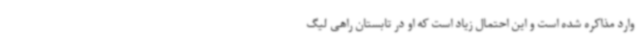
وارد مذاکره شده است و این احتمال زیاد است که او در تابستان راهی لیگ